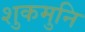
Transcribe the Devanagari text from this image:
शुकमुनि